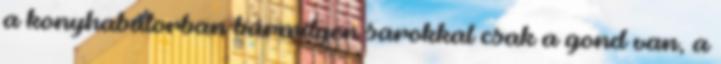
a konyhabútorban bármilyen sarokkal csak a gond van, a